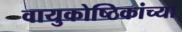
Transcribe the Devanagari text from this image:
वायुकोष्ठिकांच्या